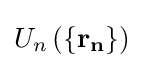
U_{n}\left(\{\mathbf {r_{n}} \}\right)